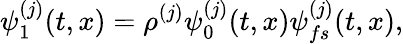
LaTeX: \psi_{1}^{(j)}(t,x)=\rho^{(j)}\psi_{0}^{(j)}(t,x)\psi_{fs}^{(j)}(t,x),